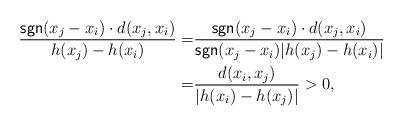
LaTeX: \begin{align*} \frac{\mathsf{sgn}(x_j-x_i)\cdot d(x_j,x_i)}{h(x_j)-h(x_i)}=& \frac{\mathsf{sgn}(x_j-x_i)\cdot d(x_j,x_i)}{\mathsf{sgn}(x_j-x_i) |h(x_j)-h(x_i)|} \\ =& \frac{d(x_i,x_j)}{|h(x_i)-h(x_j)|}>0, \end{align*}